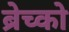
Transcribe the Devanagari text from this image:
ब्रेच्को